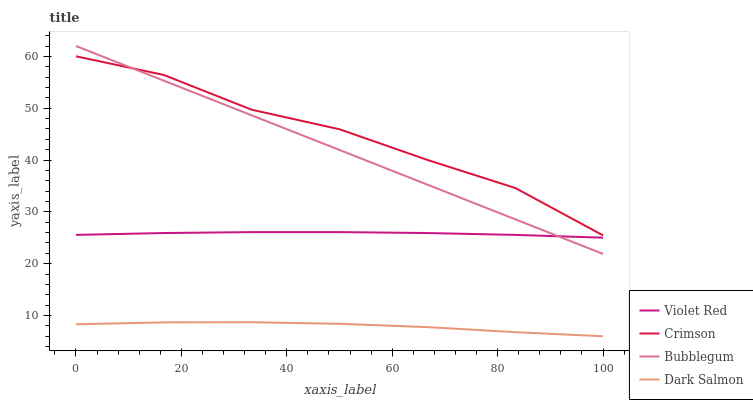
| xaxis_label | Violet Red | Crimson | Bubblegum | Dark Salmon |
 | --- | --- | --- | --- | --- |
 | 0 | 25.6 | 60 | 62 | 8.31 |
 | 16.7 | 25.9 | 56.4 | 55.3 | 8.68 |
 | 33.3 | 26.1 | 49.7 | 48.6 | 8.71 |
 | 50 | 26.1 | 45.9 | 41.9 | 8.4 |
 | 66.7 | 25.9 | 40 | 35.3 | 7.76 |
 | 83.3 | 25.6 | 34.6 | 28.6 | 6.79 |
 | 100 | 25 | 25.5 | 21.9 | 6 |